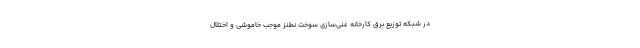
در شبکه توزیع برق کارخانه غنی‌سازی سوخت نطنز موجب خاموشی و اختلال